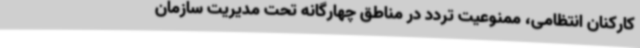
کارکنان انتظامی، ممنوعیت تردد در مناطق چهارگانه تحت مدیریت سازمان